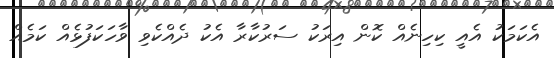
އެކަމަކު އެއީ ކިހިނެއް ކޮން އިރަކު ސަރުކާރާ އެކު ދެއްކެވި ވާހަކަފުޅެއް ކަމެއް